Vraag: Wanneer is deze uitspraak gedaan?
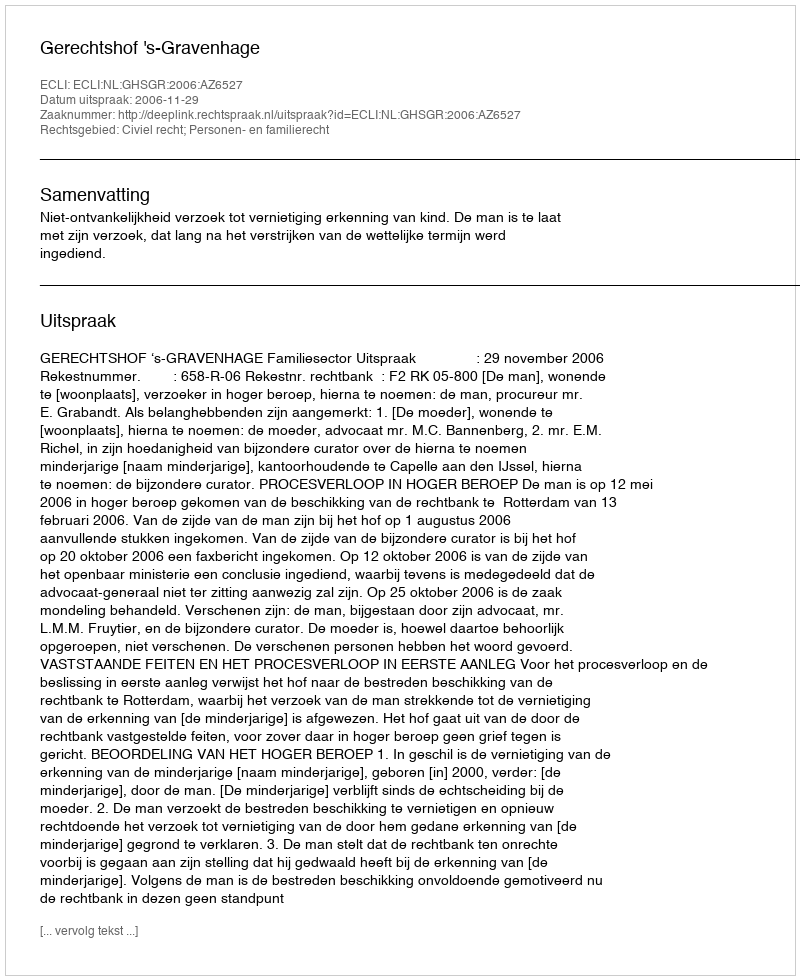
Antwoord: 2006-11-29